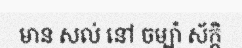
មាន សល់ នៅ ចម្ប៉ា ស័ក្តិ